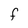
Character: F